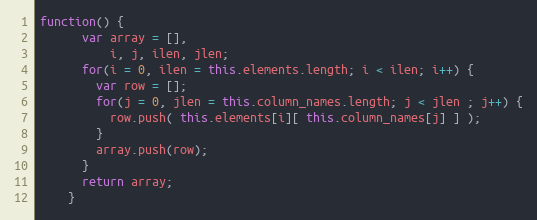
Language: JavaScript
function() {
      var array = [],
          i, j, ilen, jlen;
      for(i = 0, ilen = this.elements.length; i < ilen; i++) {
        var row = [];
        for(j = 0, jlen = this.column_names.length; j < jlen ; j++) {
          row.push( this.elements[i][ this.column_names[j] ] );
        }
        array.push(row);
      }
      return array;
    }